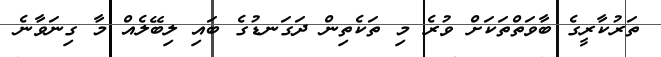
ތަރުކާރީގެ ބާވަތްތަކަށް ވުރެ މި ތަކެތިން ދަގަނޑުގެ ބައި ލިބޭލެއް މާ ގިނަވާނެ